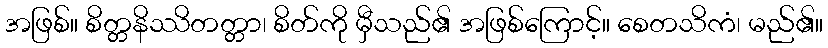
အဖြစ်။ စိတ္တနိဿိတတ္တာ၊ စိတ်ကို မှီသည်၏ အဖြစ်ကြောင့်။ စေတသိကံ၊ မည်၏။